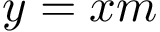
y = x m